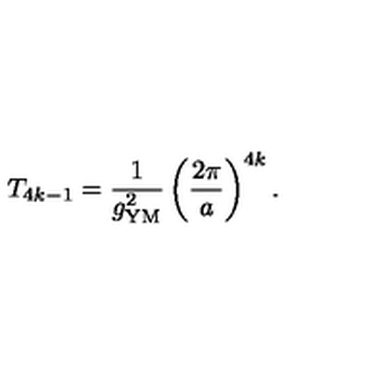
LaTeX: T _ { 4 k - 1 } = { \frac { 1 } { g _ { \mathrm { Y M } } ^ { 2 } } } \left( { \frac { 2 \pi } { a } } \right) ^ { 4 k } .